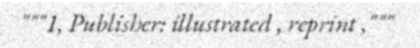
"""1, Publisher: illustrated , reprint ,"""